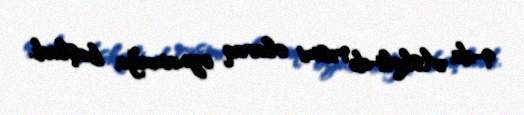
9-da Askoli-də rəsmi olaraq oynamağa başladı.